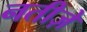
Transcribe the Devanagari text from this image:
नतीज़े